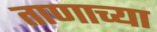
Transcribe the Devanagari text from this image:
ताणाच्या